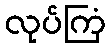
လုပ်ကြံ